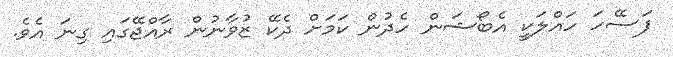
ފަސޭހަ ހައްލަކީ އެބޯޝަން ހެދުން ކަމަށް ދެކޭ ޒުވާނުން ރާއްޖޭގައި ގިނަ އެވެ.